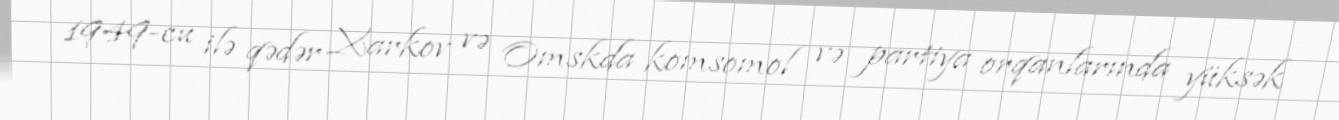
1949-cu ilə qədər Xarkov və Omskda komsomol və partiya orqanlarında yüksək